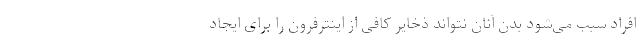
افراد سبب می‌شود بدن آنان نتواند ذخایر کافی از اینترفرون را برای ایجاد